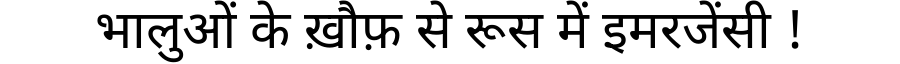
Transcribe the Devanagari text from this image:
भालुओं के ख़ौफ़ से रूस में इमरजेंसी !